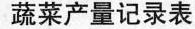
蔬菜产量记录表